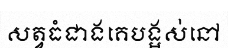
សត្វធំជាងគេបង្អស់នៅ